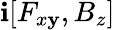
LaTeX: \mathbf{i}[F_{x\mathbf{y}},B_{z}]